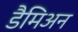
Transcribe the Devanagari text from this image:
डैमिअन